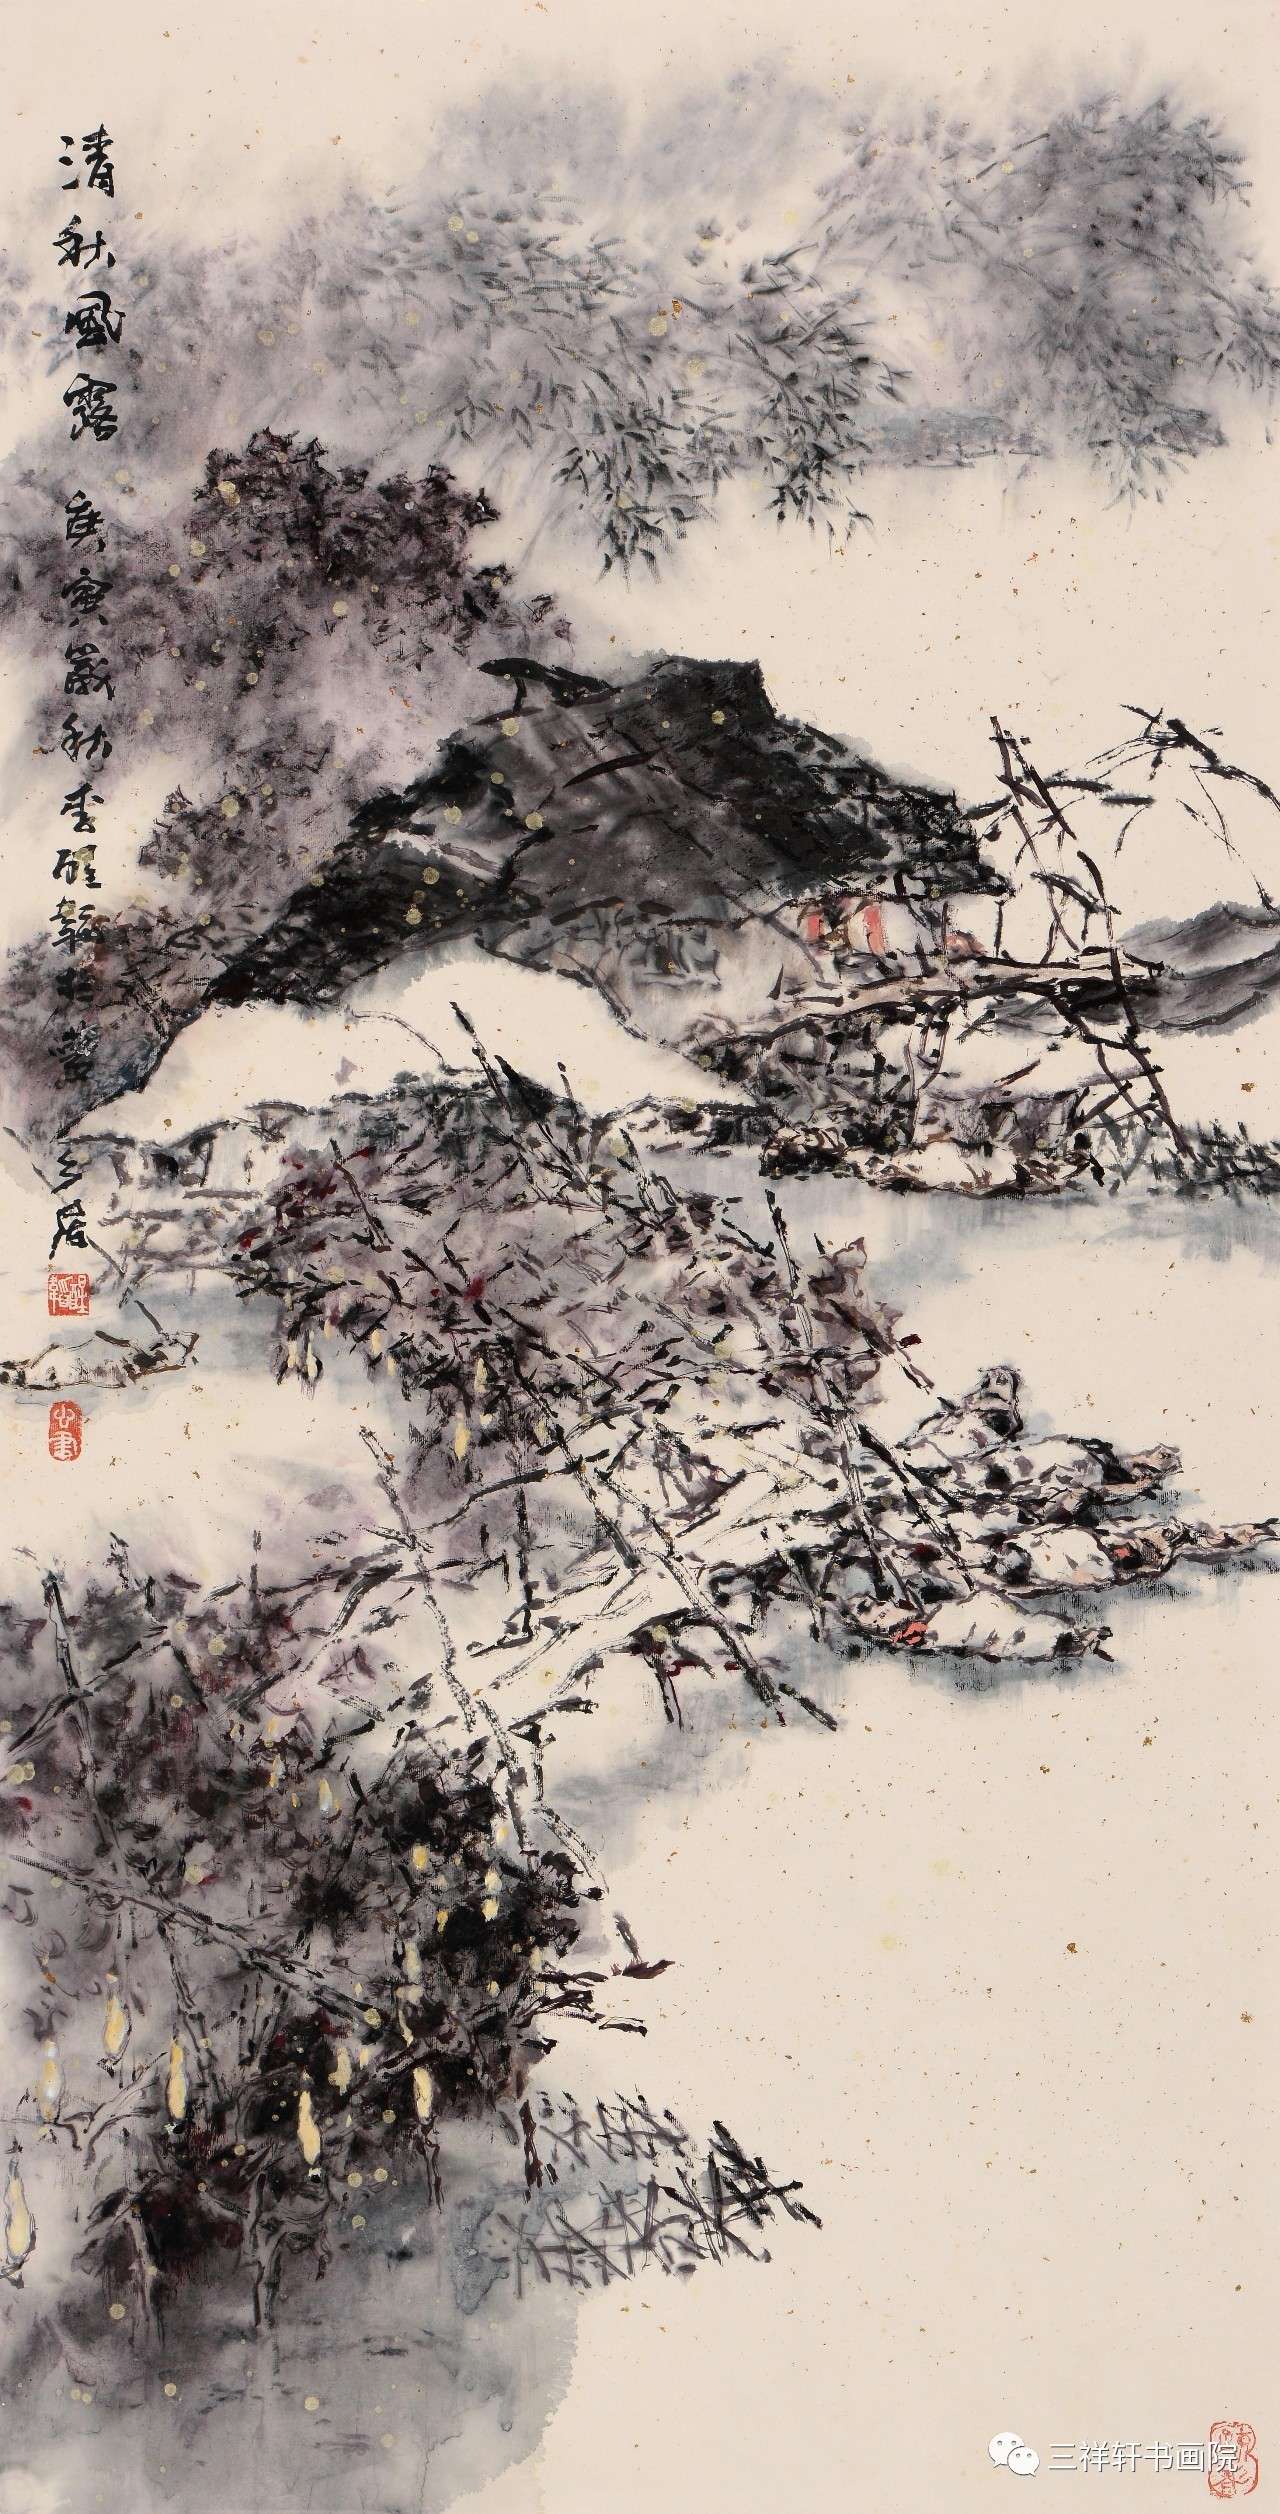
清愁满眼共谁论。却应台下草，不解忆王孙。